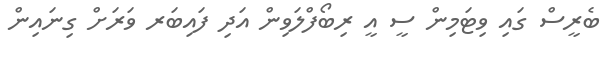
ބެރީސް ގައި ވިޓަމިން ސީ އީ ރިބޯފްލަވިން އަދި ފައިބަރ ވަރަށް ގިނައިން